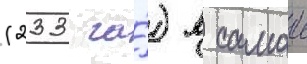
(233 га́) в самои